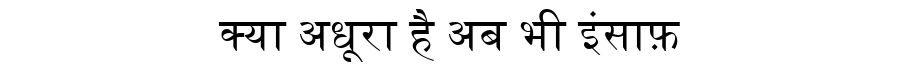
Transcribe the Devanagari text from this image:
क्या अधूरा है अब भी इंसाफ़